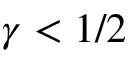
\gamma < 1 / 2